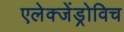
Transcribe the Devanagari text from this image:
एलेक्जेंड्रोविच